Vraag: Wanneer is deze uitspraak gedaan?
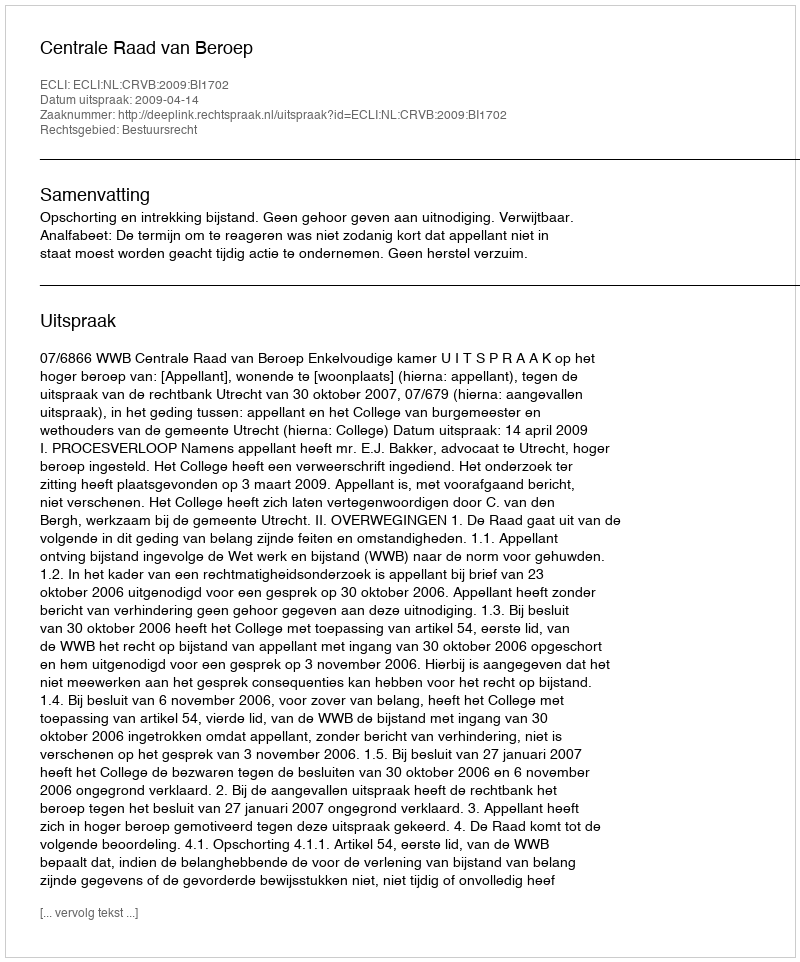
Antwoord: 2009-04-14